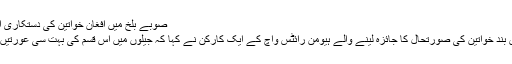
صوبے بلخ ميں افغان خواتين کی دستکاری اور کڑھائی کے نمونے
افغانستان ميں جيلوں ميں بند خواتين کی صورتحال کا جائزہ لينے والے ہيومن رائٹس واچ کے ايک کارکن نے کہا کہ جيلوں ميں اس قسم کی بہت سی عورتيں سزائيں بھگت رہی ہيں۔